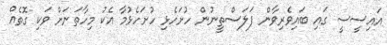
އައިސީސީ ގައި ބައިވެރިވާން ފަލަސްތީނުން ހުށަހެޅި ހުށަހެޅުމާ އެކު މިހާތަނަށް ވަކި ގޮތެއް